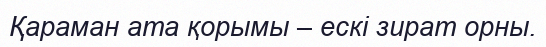
Қараман ата қорымы – ескі зират орны.